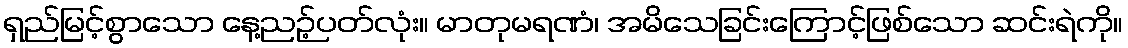
ရှည်မြင့်စွာသော နေ့ညဉ့်ပတ်လုံး။ မာတုမရဏံ၊ အမိသေခြင်းကြောင့်ဖြစ်သော ဆင်းရဲကို။